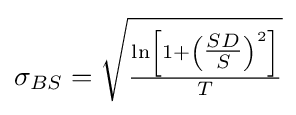
\sigma _{BS}={\sqrt {\tfrac {\ln \left[1+\left({\tfrac {SD}{S}}\right)^{2}\right]}{T}}}